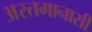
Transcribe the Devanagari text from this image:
अस्तमानासी